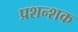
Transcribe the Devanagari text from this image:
प्रशन्शक